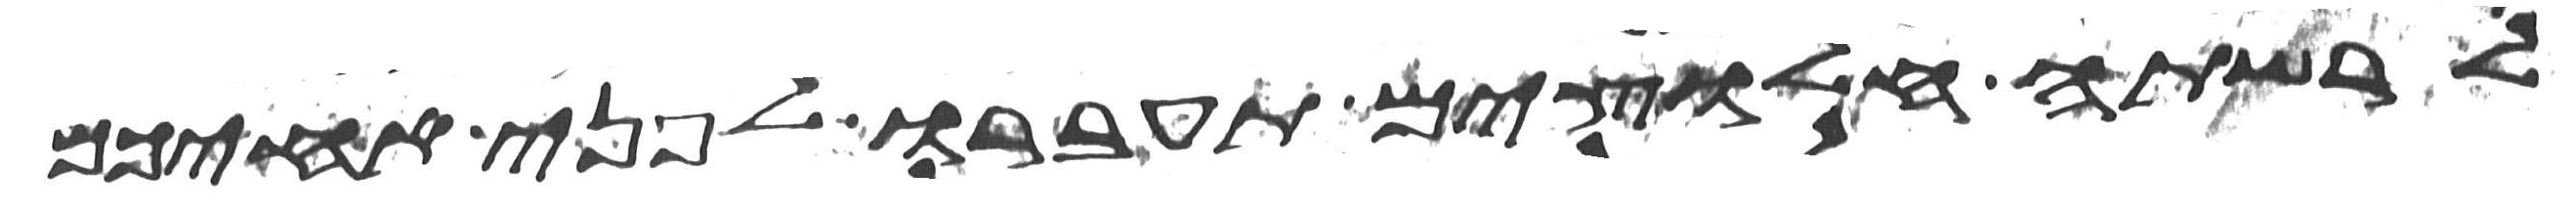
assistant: לרשתה חלוצים תעברו לפני אחיכם